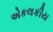
એકલકીય